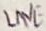
Text: LINE